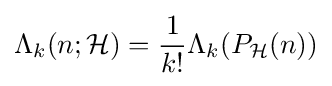
\Lambda _{k}(n;{\mathcal {H}})={\frac {1}{k!}}\Lambda _{k}(P_{\mathcal {H}}(n))